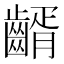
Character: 𪙀